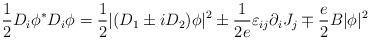
LaTeX: \begin{align*}\frac 12D_i\phi ^{*}D_i\phi =\frac 12|(D_1\pm iD_2)\phi |^2\pm \frac1{2e}\varepsilon _{ij}\partial _iJ_j\mp \frac e2B|\phi |^2 \end{align*}